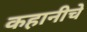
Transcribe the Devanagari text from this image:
कहानीचे